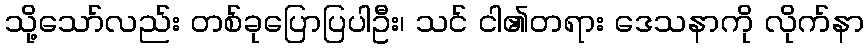
သို့သော်လည်း တစ်ခုပြောပြပါဦး၊ သင် ငါ၏တရား ဒေသနာကို လိုက်နာ